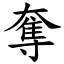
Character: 奪